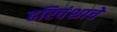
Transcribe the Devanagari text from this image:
हरिवंशाचे